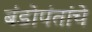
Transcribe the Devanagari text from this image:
बंडोपंतांचे